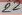
Text: 22